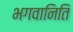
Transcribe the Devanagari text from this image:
भगवानिति